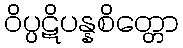
ဝိပ္ပဋိပန္နစိတ္တော